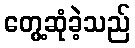
တွေ့ဆုံခဲ့သည်